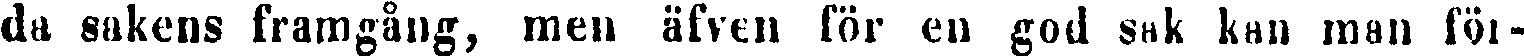
da sakens framgång, men äfven för en god sak kan man för-